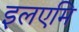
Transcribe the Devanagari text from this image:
इलएमि